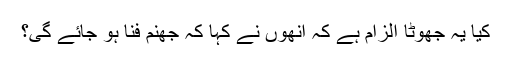
کیا یہ جھوٹا الزام ہے کہ انھوں نے کہا کہ جھنم فنا ہو جائے گی؟